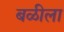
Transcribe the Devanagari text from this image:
बळीला